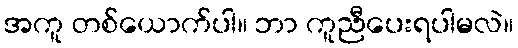
အကူ တစ်ယောက်ပါ။ ဘာ ကူညီပေးရပါမလဲ။